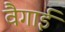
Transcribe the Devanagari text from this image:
वैगाई